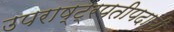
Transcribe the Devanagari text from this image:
उपराष्ट्रपतीपदाची